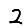
Digit: 2